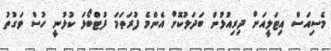
މެސިއަސް އިޓަލީއަށް ދިރިއުޅުން ބަދަލުކޮށް އެންމެ ފުރަތަމަ ފުޓްބޯޅަ ކުޅުނީ ހުސް ވަގުތު